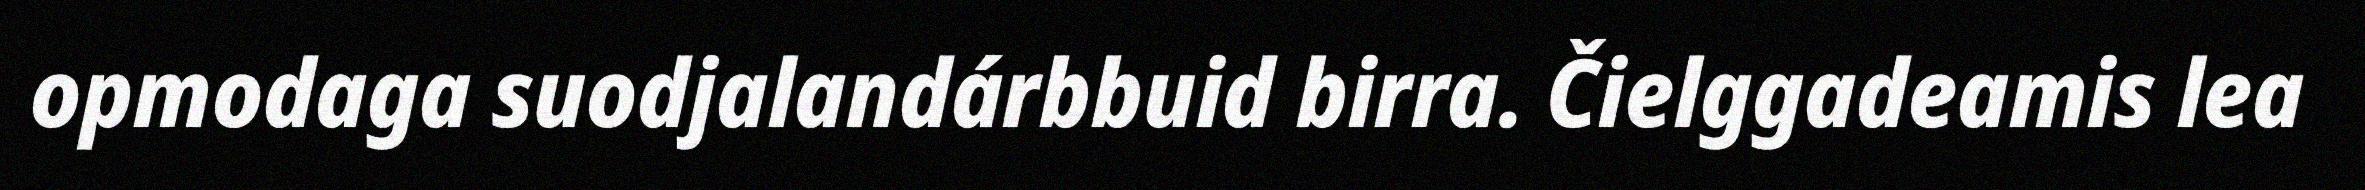
opmodaga suodjalandárbbuid birra. Čielggadeamis lea